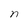
Character: n